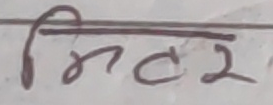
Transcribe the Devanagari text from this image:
मित्र